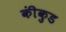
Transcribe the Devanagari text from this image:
कींकुड